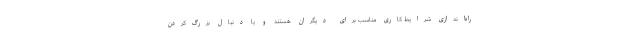
راه‌اندازی شرایط کاری مناسب برای دیگران هستند و یا دنبال بزرگ‌کردن